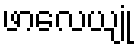
ဖာလေယျုံ